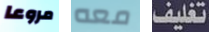
مروعا معه تغليف